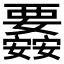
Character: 𮗉